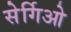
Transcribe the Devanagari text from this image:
सेर्गिओ